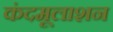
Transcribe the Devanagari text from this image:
कंदमूलाशन